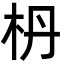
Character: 枬